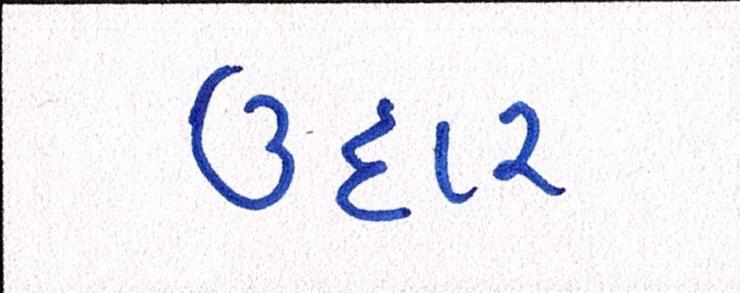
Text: ઉદાર